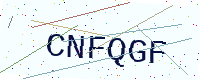
Text: CNFQGF